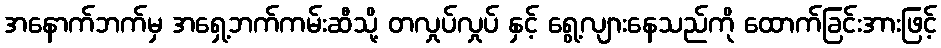
အနောက်ဘက်မှ အရှေ့ဘက်ကမ်းဆီသို့ တလှုပ်လှုပ် နှင့် ရွေ့လျားနေသည်ကို ထောက်ခြင်းအားဖြင့်